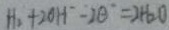
H _ { 2 } + 2 O H ^ { - } - 2 O ^ { - } = 2 H _ { 2 } O